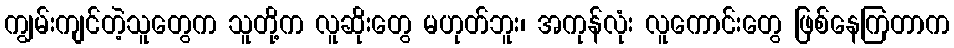
ကျွမ်းကျင်တဲ့သူတွေက သူတို့က လူဆိုးတွေ မဟုတ်ဘူး၊ အကုန်လုံး လူကောင်းတွေ ဖြစ်နေကြတာက